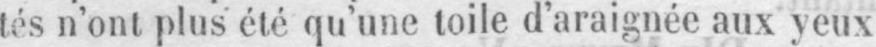
tés n’ont plus été qu’une toile d’araignée aux yeux